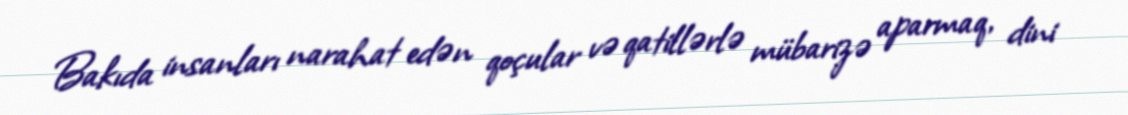
Bakıda insanları narahat edən qoçular və qatillərlə mübarizə aparmaq, dini